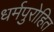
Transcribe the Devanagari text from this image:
धर्मपुरोहित